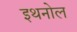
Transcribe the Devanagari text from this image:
इथनोल